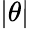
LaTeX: |\theta|